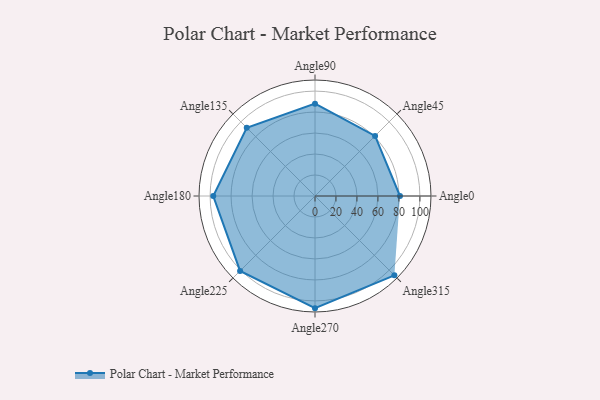
{"axis": {"x": "Angle", "y": "Radius"}, "legend": [""], "data": [{"x": "Angle0", "y": 81.0, "type": ""}, {"x": "Angle45", "y": 81.0, "type": ""}, {"x": "Angle90", "y": 88.0, "type": ""}, {"x": "Angle135", "y": 92.0, "type": ""}, {"x": "Angle180", "y": 97.0, "type": ""}, {"x": "Angle225", "y": 101.0, "type": ""}, {"x": "Angle270", "y": 107.0, "type": ""}, {"x": "Angle315", "y": 107.0, "type": ""}]}